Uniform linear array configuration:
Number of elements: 16
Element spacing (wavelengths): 0.5
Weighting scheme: binomial
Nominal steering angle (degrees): -15
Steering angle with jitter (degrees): -15.391
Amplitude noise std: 0.05
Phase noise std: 0.05

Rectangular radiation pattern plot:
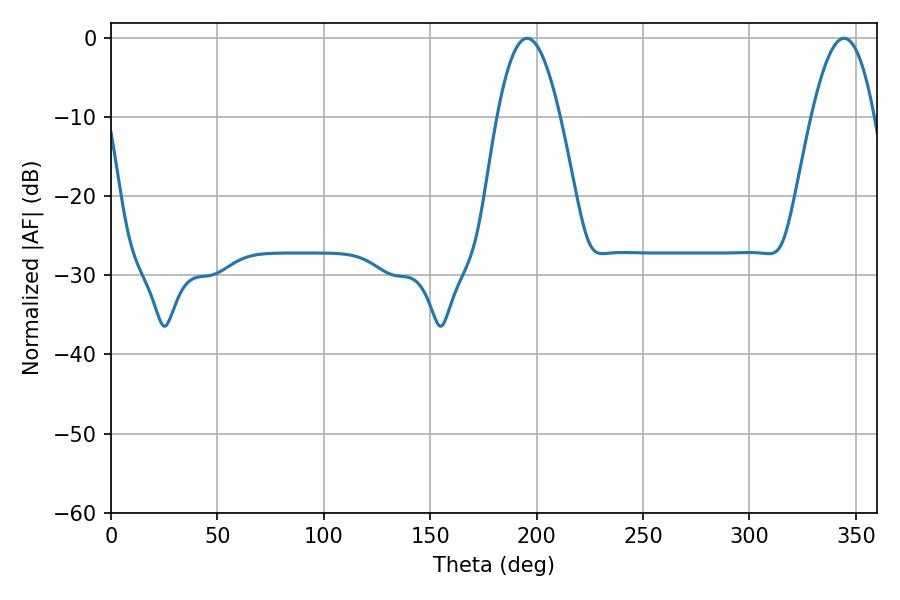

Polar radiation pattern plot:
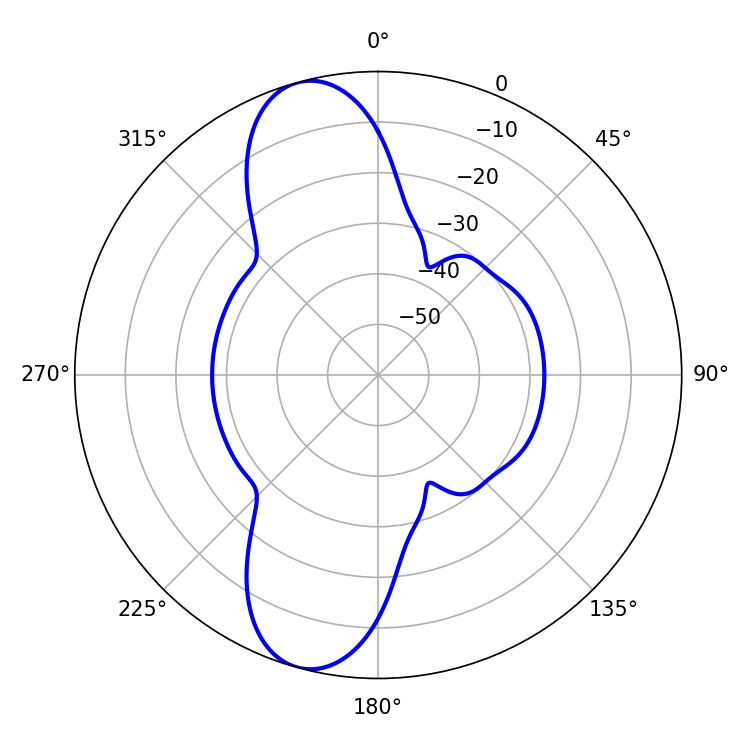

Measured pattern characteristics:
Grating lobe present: FALSE
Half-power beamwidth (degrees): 16.02
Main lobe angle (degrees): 195.48